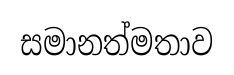
සමානත්මතාව